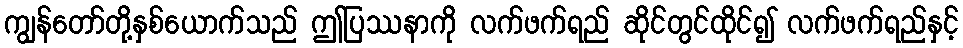
ကျွန်တော်တို့နှစ်ယောက်သည် ဤပြဿနာကို လက်ဖက်ရည် ဆိုင်တွင်ထိုင်၍ လက်ဖက်ရည်နှင့်